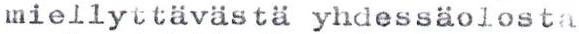
miellyttävästä yhdessäolosta